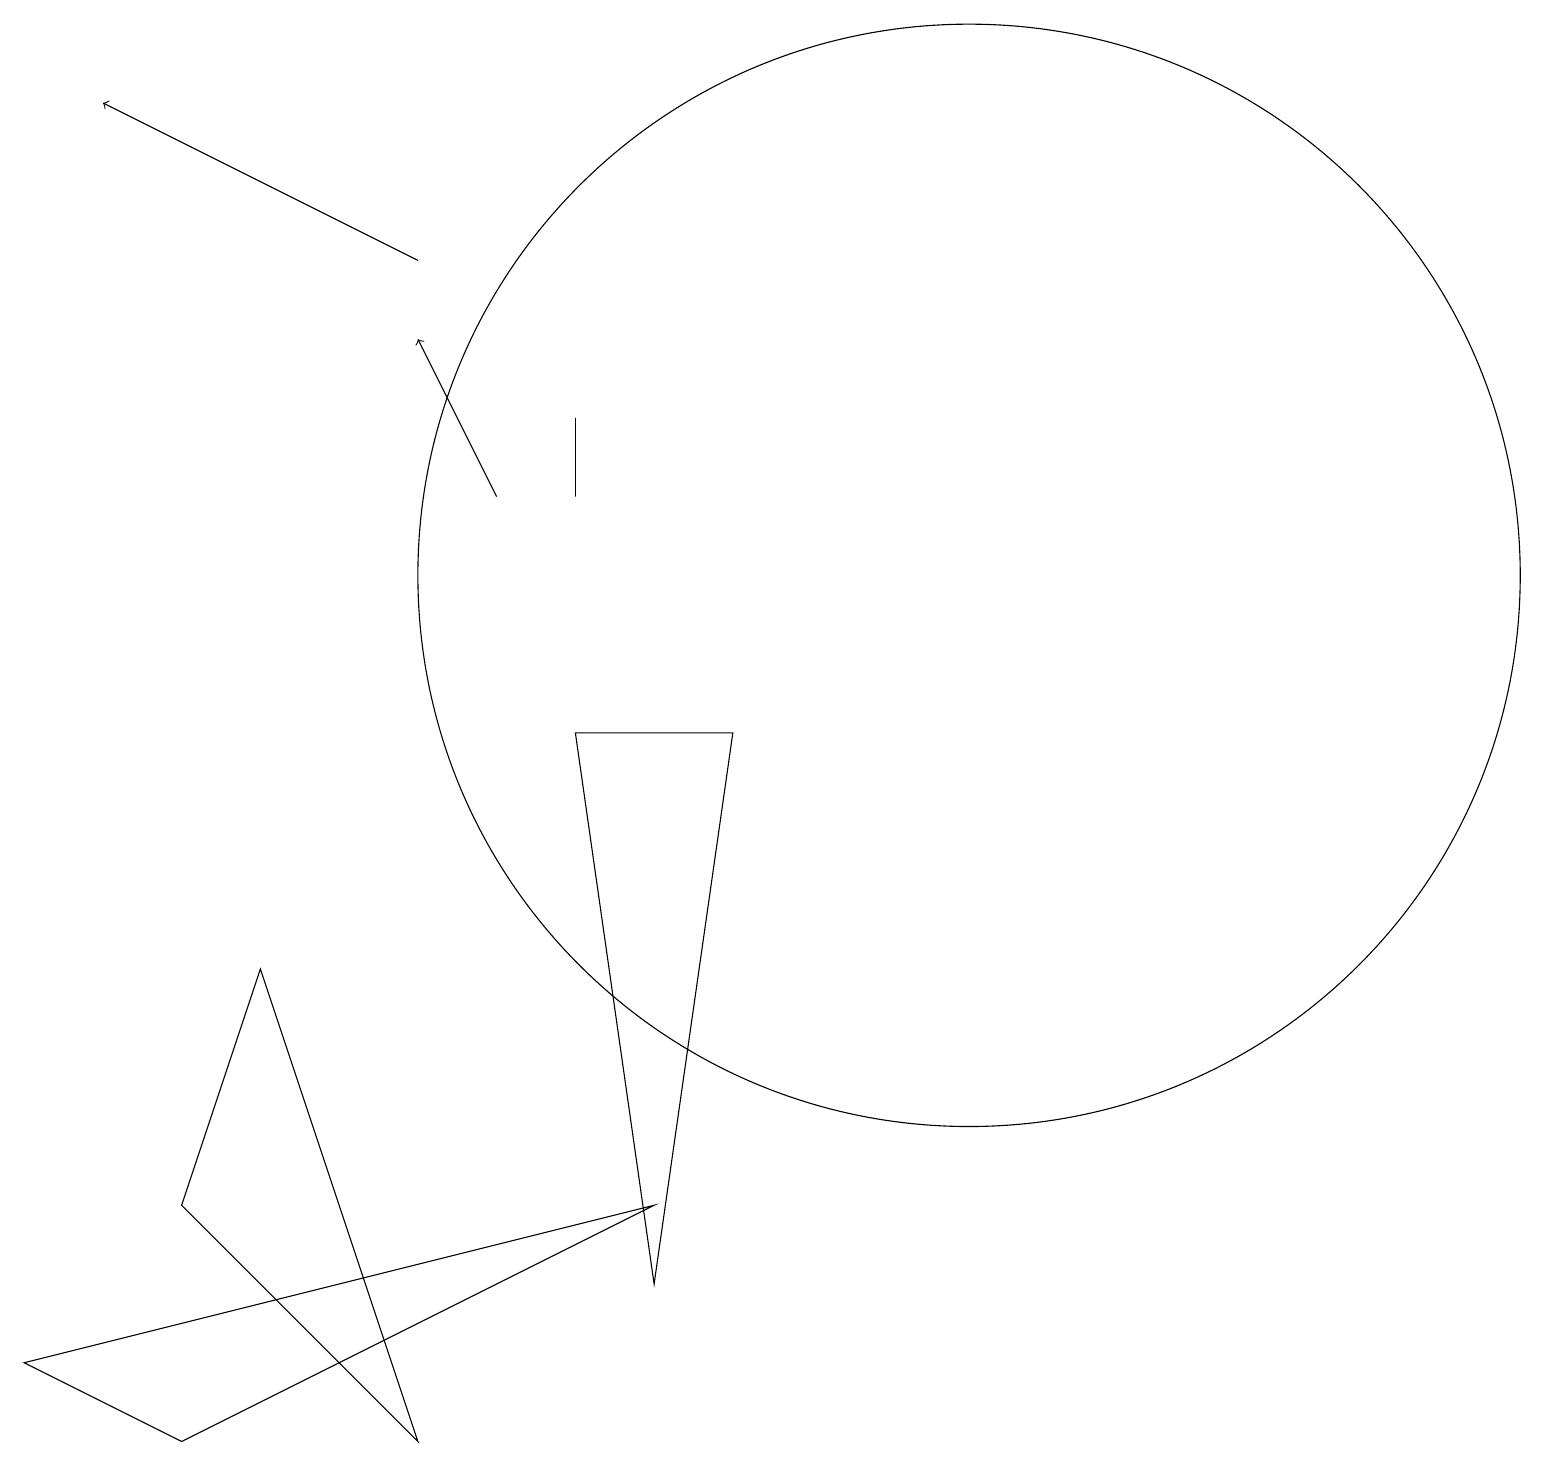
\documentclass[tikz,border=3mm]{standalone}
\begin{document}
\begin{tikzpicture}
\draw[->] (6,12) -- (5,14);
\draw (8,3) -- (0,1) -- (2,0) -- cycle;
\draw (5,0) -- (2,3) -- (3,6) -- cycle;
\draw (9,9) -- (8,2) -- (7,9) -- cycle;
\draw[->] (5,15) -- (1,17);
\draw (12,11) circle (7);
\draw (7,12) rectangle (7,13);
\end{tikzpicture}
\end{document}